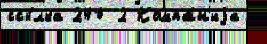
ссы́лка 240 2 Компа́н'иjа